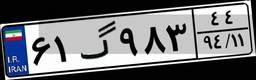
۶۱گ۹۸۳۴۴